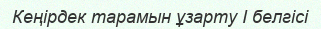
Кеңірдек тарамын ұзарту I белгісі